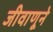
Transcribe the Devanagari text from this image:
जीवाणूने